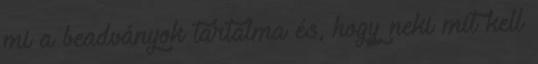
mi a beadványok tartalma és, hogy neki mit kell